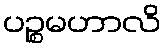
ပဉ္စမဟာလိ